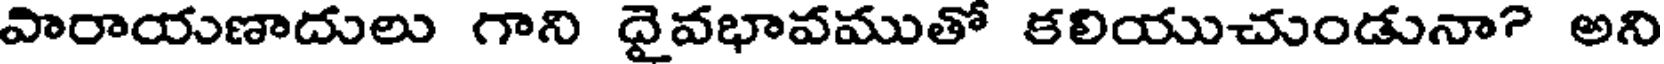
వారాయుణాదులు గాని దైవభావముతో కలియుచుండునా? అని